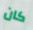
كان